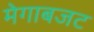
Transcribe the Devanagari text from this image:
मेगाबजट